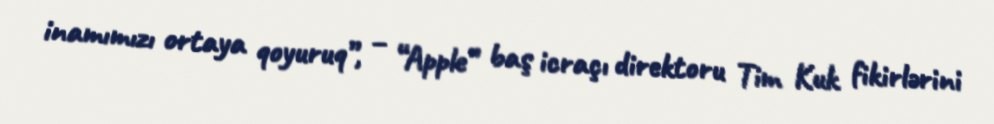
inamımızı ortaya qoyuruq”, – “Apple” baş icraçı direktoru Tim Kuk fikirlərini